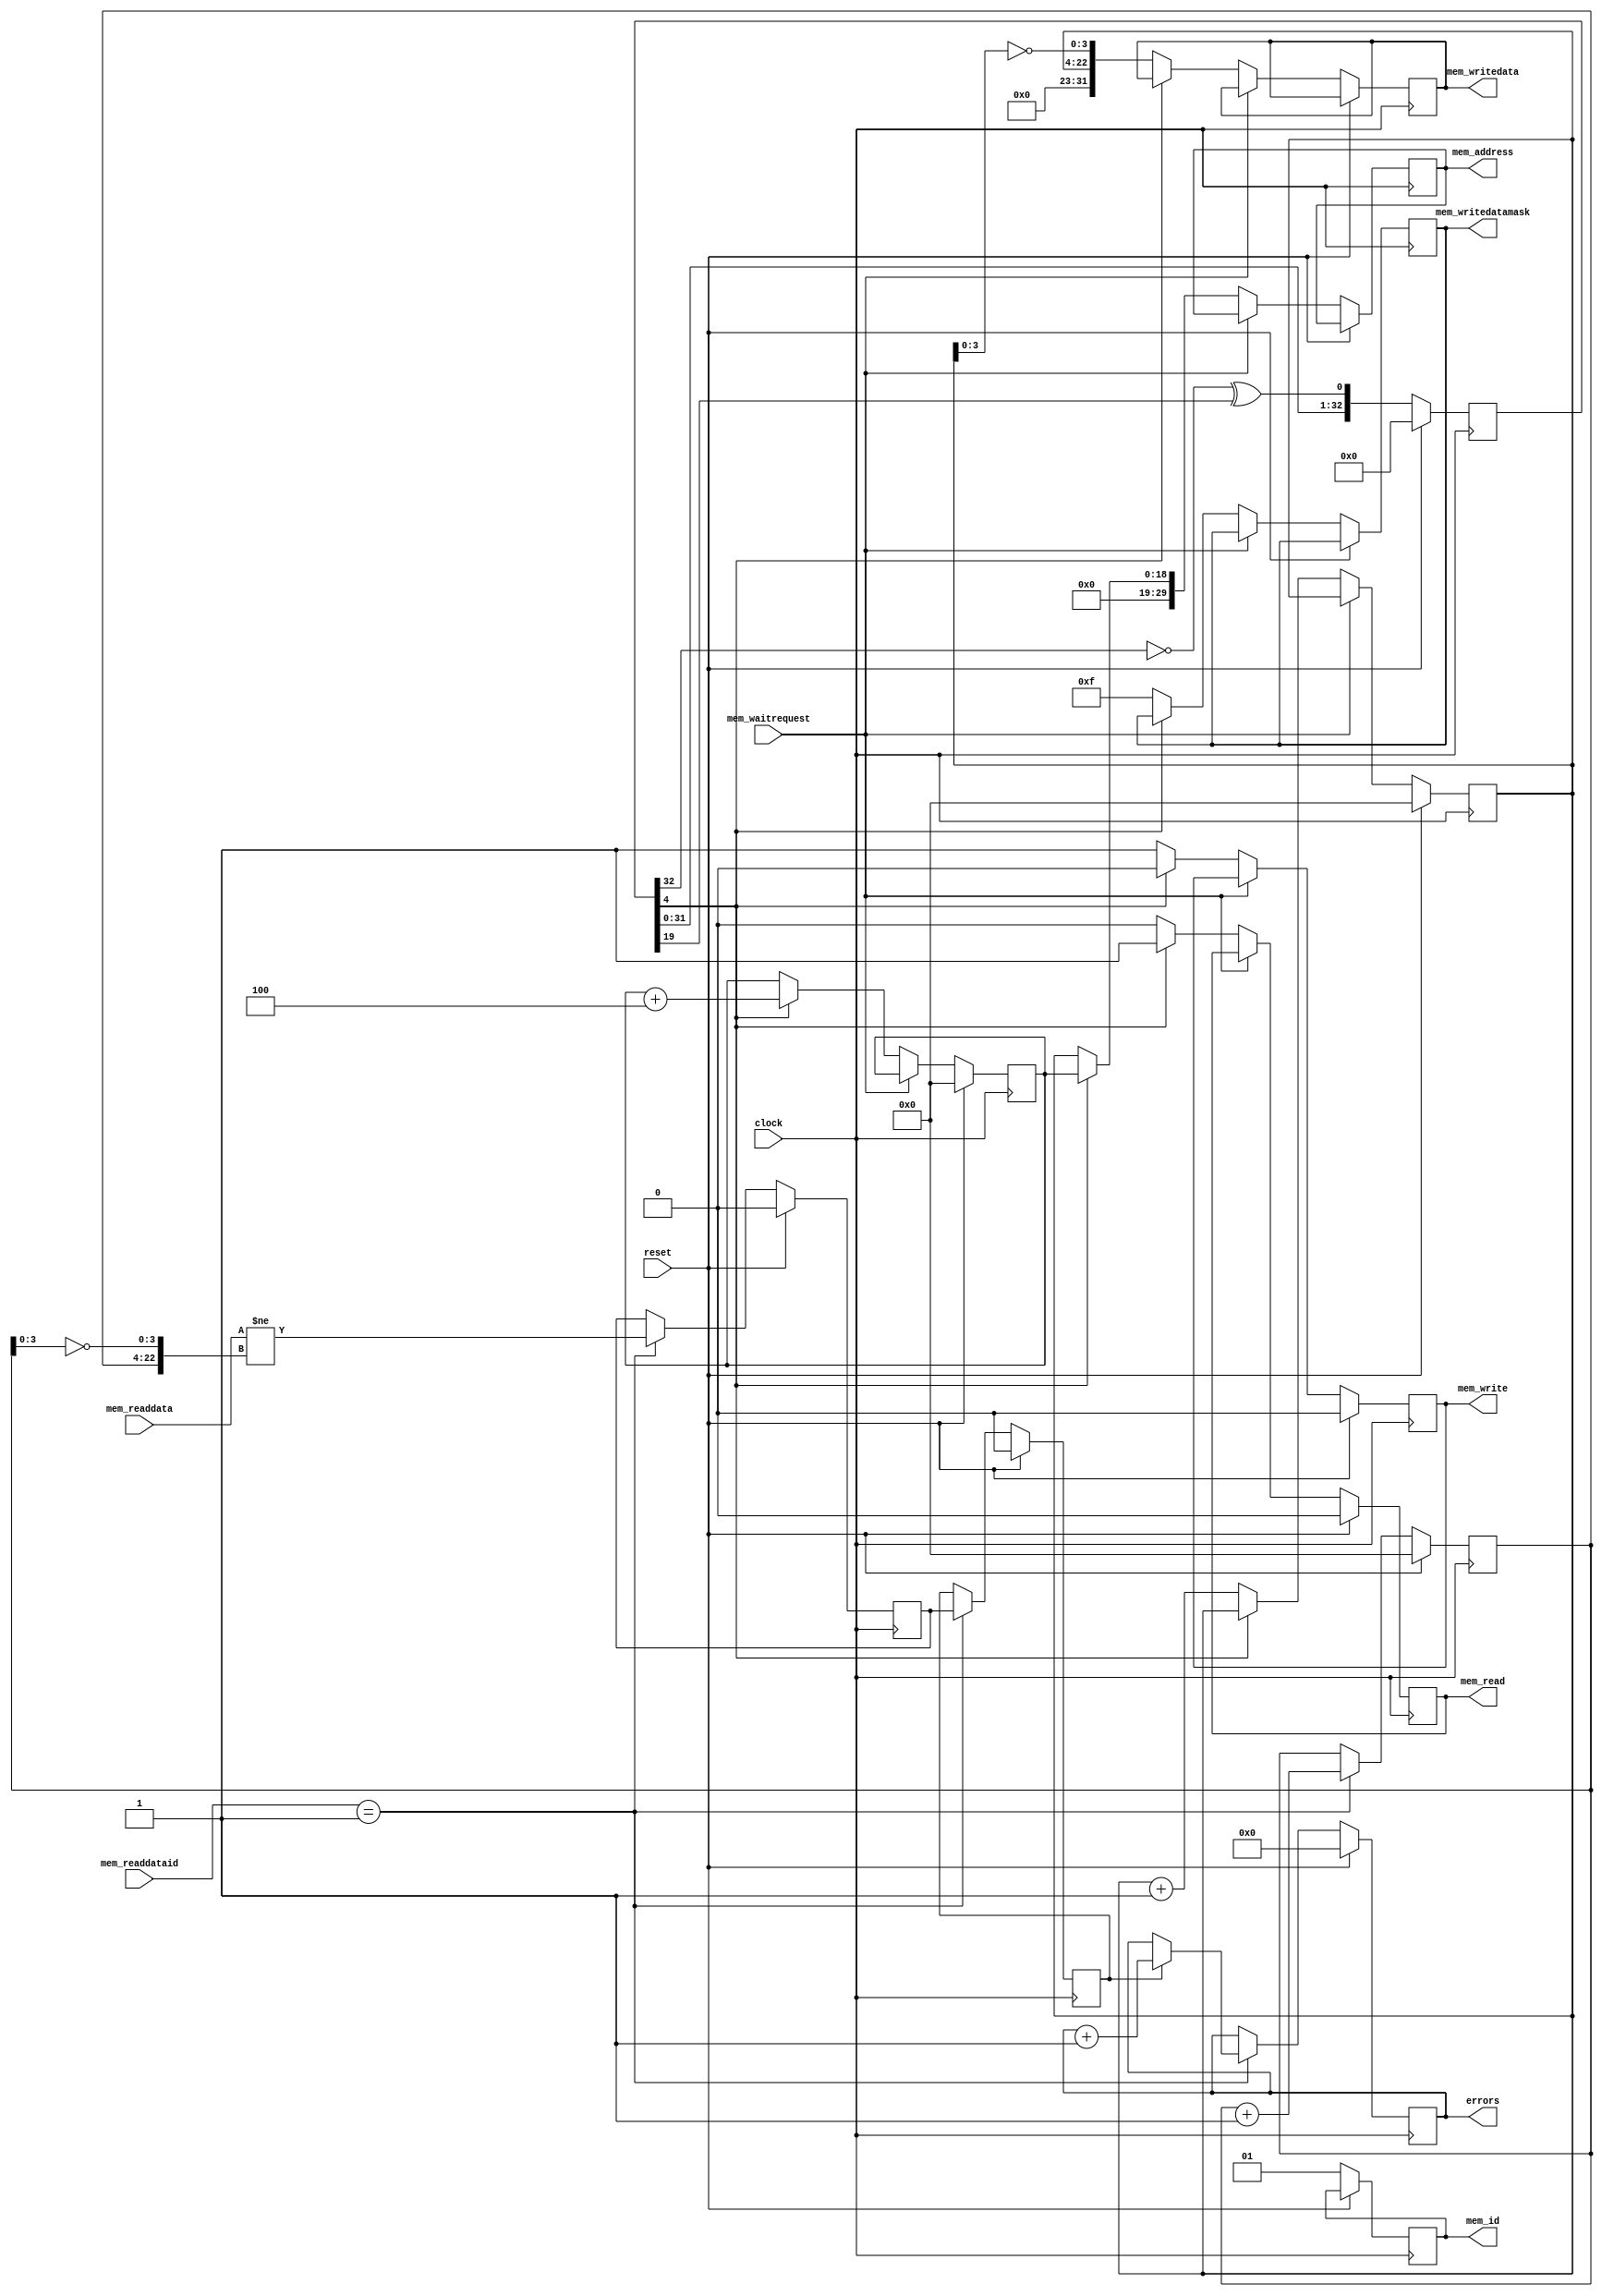
module dummy_master(
            input  wire           clock          
           ,input  wire           reset
           ,input                 mem_waitrequest
           ,output reg      [1:0] mem_id = 1
           ,output reg     [29:0] mem_address = 0
           ,output reg            mem_read = 0
           ,output reg            mem_write = 0
           ,output reg     [31:0] mem_writedata = 0
           ,output reg      [3:0] mem_writedatamask = 0
           ,input          [31:0] mem_readdata
           ,input           [1:0] mem_readdataid
           ,output reg     [31:0] errors = 0
           );
   reg [18:0] wp = 0, rp = 0, vp = 0;
   reg [31:0] data = 0;
   reg [32:0] lfsr = 0;
   reg mismatch_pre = 0, mismatch = 0;
   always @(posedge clock) if (reset) begin
      wp <= 0;
      rp <= 0;
      vp <= 0;
      lfsr <= 0;
      errors <= 0;
      mem_read <= 0;
      mem_write <= 0;
      mismatch_pre <= 0;
      mismatch <= 0;
   end else begin
      mem_id <= 1;
      lfsr <= {lfsr[31:0], ~lfsr[32] ^ lfsr[19]};
      if (mem_readdataid == 1) begin
         mismatch_pre <= mem_readdata != {vp,~vp[3:0]};
         mismatch <= mismatch_pre;
         if (mismatch)
            errors <= errors + 1;
         vp <= vp + 1;
      end
      if (~mem_waitrequest) begin
         mem_read          <= 0;
         mem_write         <= 0;
         if (~lfsr[4]) begin
            mem_writedata     <= {wp, ~wp[3:0]};
            mem_writedatamask <=  ~0;
            mem_write        <= 1;
            mem_address      <= wp;
            wp               <= wp + 1;
         end else begin
            mem_read         <= 1;
            mem_address      <= rp;
            rp               <= rp + 4;
         end
      end
   end
endmodule